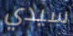
سيدي